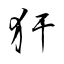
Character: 犴